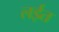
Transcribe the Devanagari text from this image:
लईत